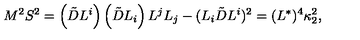
M ^ { 2 } S ^ { 2 } = \left( \tilde { D } L ^ { i } \right) \left( \tilde { D } L _ { i } \right) L ^ { j } L _ { j } - ( L _ { i } \tilde { D } L ^ { i } ) ^ { 2 } = ( L ^ { * } ) ^ { 4 } \kappa _ { 2 } ^ { 2 } ,